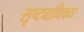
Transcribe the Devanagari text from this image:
सृष्ट्याधिकार